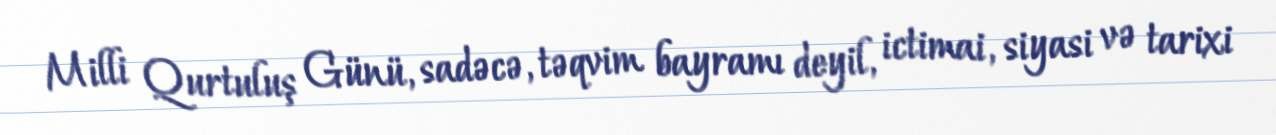
Milli Qurtuluş Günü, sadəcə, təqvim bayramı deyil, ictimai, siyasi və tarixi